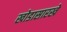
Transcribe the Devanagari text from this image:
खोडासारखे